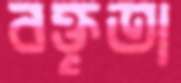
বক্তৃতা